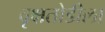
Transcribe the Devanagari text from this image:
वृक्षतोडीला